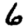
Digit: 6